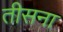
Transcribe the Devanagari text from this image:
तीसना